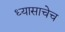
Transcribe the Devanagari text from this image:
ध्यासाचेच